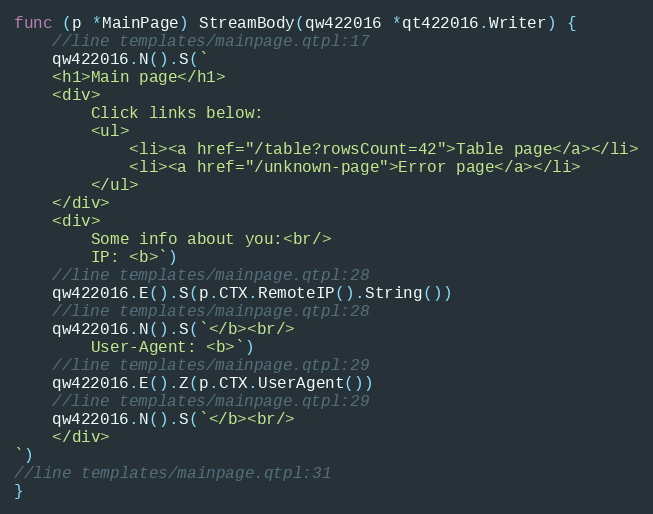
Language: Go
func (p *MainPage) StreamBody(qw422016 *qt422016.Writer) {
	//line templates/mainpage.qtpl:17
	qw422016.N().S(`
	<h1>Main page</h1>
	<div>
		Click links below:
		<ul>
			<li><a href="/table?rowsCount=42">Table page</a></li>
			<li><a href="/unknown-page">Error page</a></li>
		</ul>
	</div>
	<div>
		Some info about you:<br/>
		IP: <b>`)
	//line templates/mainpage.qtpl:28
	qw422016.E().S(p.CTX.RemoteIP().String())
	//line templates/mainpage.qtpl:28
	qw422016.N().S(`</b><br/>
		User-Agent: <b>`)
	//line templates/mainpage.qtpl:29
	qw422016.E().Z(p.CTX.UserAgent())
	//line templates/mainpage.qtpl:29
	qw422016.N().S(`</b><br/>
	</div>
`)
//line templates/mainpage.qtpl:31
}